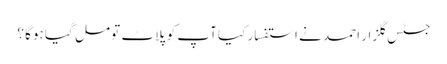
جسٹس گلزار احمد نے استفسار کیا آپ کو پلاٹ تو مل گیا ہوگا ؟